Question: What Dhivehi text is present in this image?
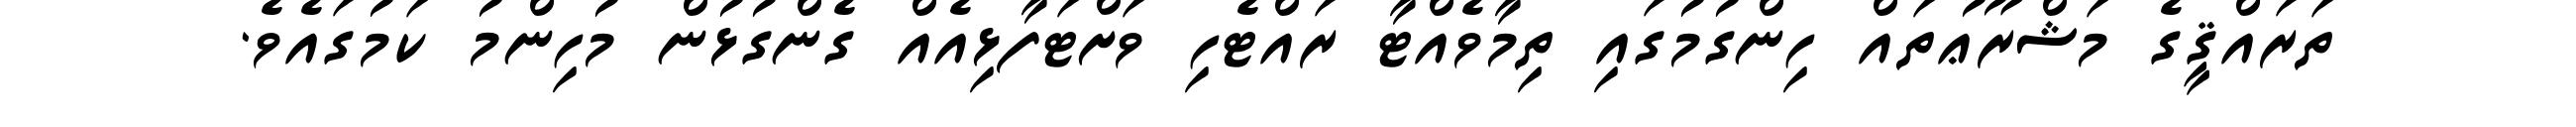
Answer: ތަރައްޤީގެ މަޝްރޫޢުތައް ހިންގުމުގައި ތިމާވެއްޓާ ރައްޓެހި ވަށްޓަފާޅިއެއް ގެންގުޅުން މުހިންމު ކަމުގައެވެ.